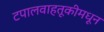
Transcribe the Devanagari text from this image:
टपालवाहतूकीमधून